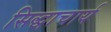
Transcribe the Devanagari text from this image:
सिद्धाचार्य